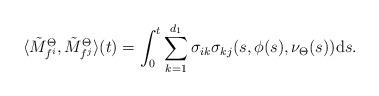
LaTeX: \begin{align*}\langle\tilde{M}^{\Theta}_{f^i},\tilde{M}^{\Theta}_{f^j}\rangle(t)=\int^{t}_{0}\sum^{d_{1}}_{k=1}\sigma_{ik}\sigma_{kj}(s,\phi(s),\nu_{\Theta}(s))\mathrm{d}s.\end{align*}